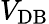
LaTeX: V_{\mathrm{DB}}